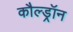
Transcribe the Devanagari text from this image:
कौल्ड्रॉन